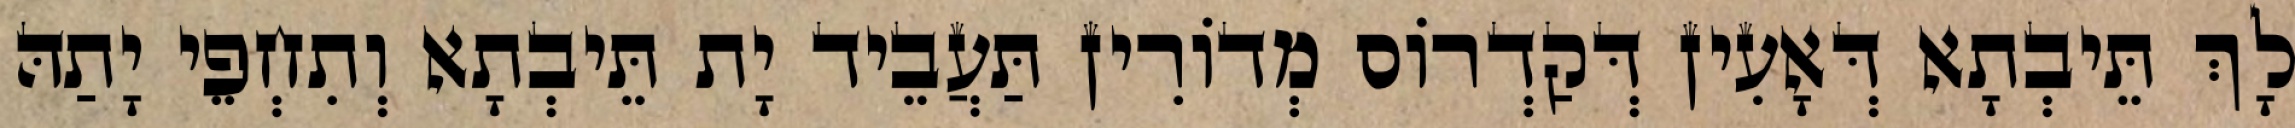
לָךְ תֵּיבְתָא דְּאָעִין דְּקַדְרוֹס מְדוֹרִין תַּעֲבֵיד יָת תֵּיבְתָא וְתִחְפֵי יָתַהּ